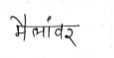
मजकूर: मैलांवर